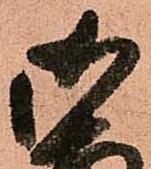
御